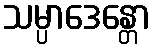
သမ္ပာဒေန္တော